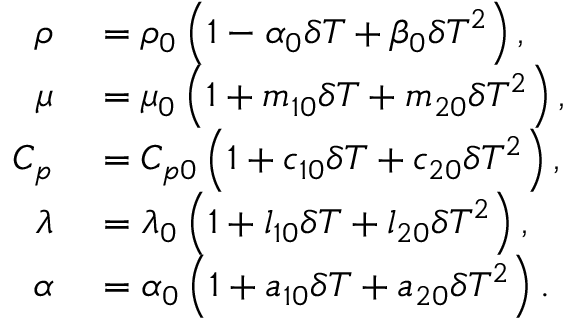
\begin{array} { r l } { \rho } & { { } = { { \rho } _ { 0 } } \left( 1 - { { \alpha } _ { 0 } } \delta T + { { \beta } _ { 0 } } \delta { { T } ^ { 2 } } \right) , } \\ { \mu } & { { } = { { \mu } _ { 0 } } \left( 1 + { { m } _ { 1 0 } } \delta T + { { m } _ { 2 0 } } \delta { { T } ^ { 2 } } \right) , } \\ { { { C } _ { p } } } & { { } = { { C } _ { p 0 } } \left( 1 + { { c } _ { 1 0 } } \delta T + { { c } _ { 2 0 } } \delta { { T } ^ { 2 } } \right) , } \\ { \lambda } & { { } = { { \lambda } _ { 0 } } \left( 1 + { { l } _ { 1 0 } } \delta T + { { l } _ { 2 0 } } \delta { { T } ^ { 2 } } \right) , } \\ { \alpha } & { { } = { { \alpha } _ { 0 } } \left( 1 + { { a } _ { 1 0 } } \delta T + { { a } _ { 2 0 } } \delta { { T } ^ { 2 } } \right) . } \end{array}